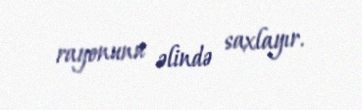
rayonunu əlində saxlayır.